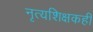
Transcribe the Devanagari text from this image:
नृत्यशिक्षकही